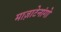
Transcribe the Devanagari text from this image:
माज़ाटेनांगो